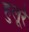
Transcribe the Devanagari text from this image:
हुलूरे